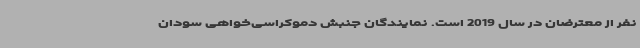
نفر از معترضان در سال 2019 است. نمایندگان جنبش دموکراسی‌خواهی سودان